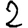
Digit: 2